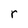
Character: r